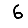
Digit: 6